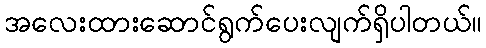
အလေးထားဆောင်ရွက်ပေးလျက်ရှိပါတယ်။